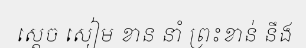
ស្តេច សៀម ខាន នាំ ព្រះខាន់ នឹង